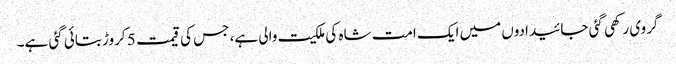
گروی رکھی گئی جائیدادوں میں ایک امت شاہ کی ملکیت والی ہے، جس کی قیمت 5 کروڑ بتائی گئی ہے۔